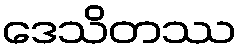
ဒေသိတဿ